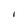
Character: I